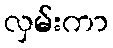
လှမ်းကာ